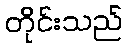
တိုင်းသည်